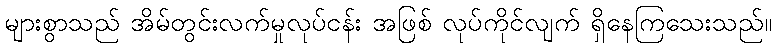
များစွာသည် အိမ်တွင်းလက်မှုလုပ်ငန်း အဖြစ် လုပ်ကိုင်လျက် ရှိနေကြသေးသည်။